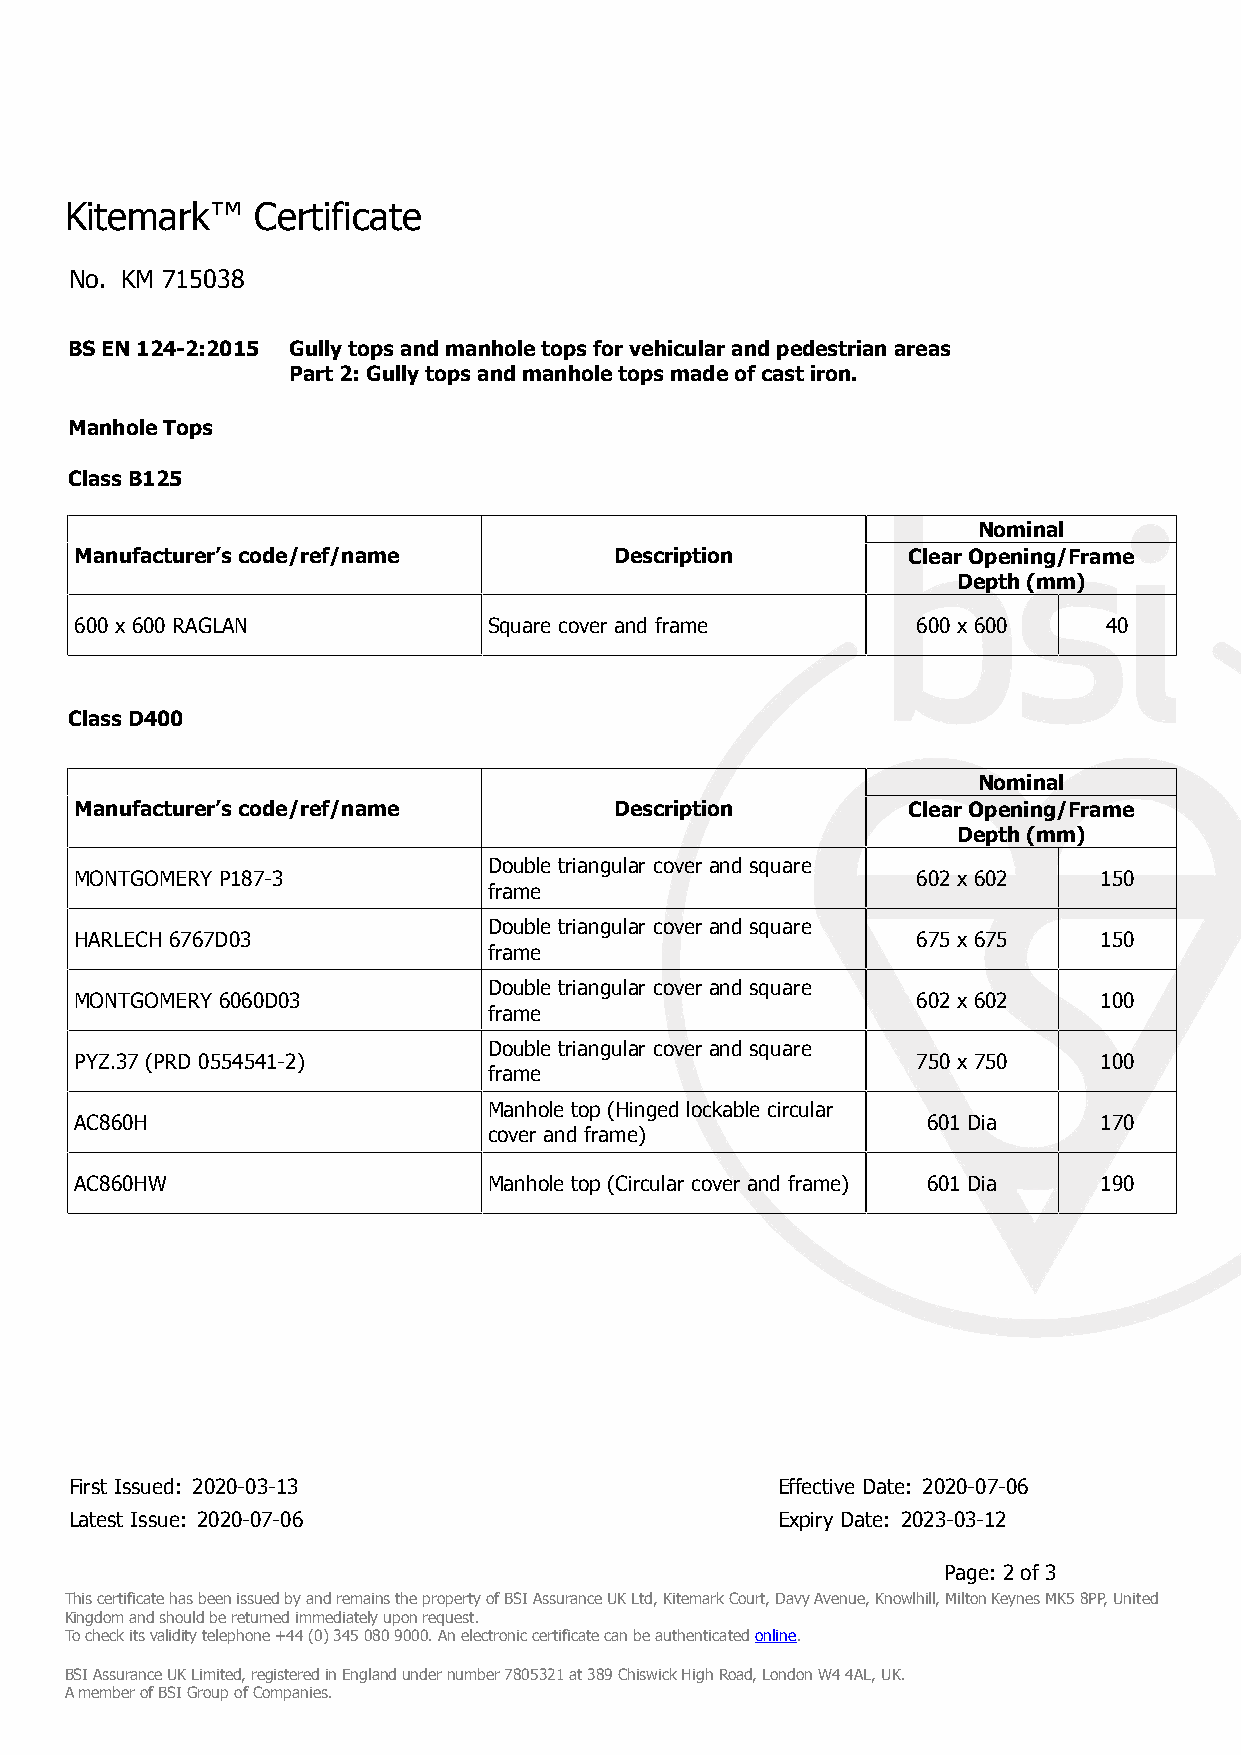
Kitemark™    Certificate
 No. KM 715038
 BS EN 124-2:2015 Gully tops and manhole tops for vehicular and pedestrian areas
 Part 2: Gully tops and manhole tops made of cast iron.
 Manhole Tops
 Class B125
 Nominal
 Manufacturer’s code/ref/name        Description        Clear Opening/Frame
 Depth (mm)
 600 x 600 RAGLAN           Square cover and frame       600 x 600   40
 Class D400
 Nominal
 Manufacturer’s code/ref/name        Description        Clear Opening/Frame
 Depth (mm)
 Double triangular cover and square
 MONTGOMERY P187-3                                       602 x 602   150
 frame
 Double triangular cover and square
 HARLECH 6767D03                                         675 x 675   150
 frame
 Double triangular cover and square
 MONTGOMERY 6060D03                                      602 x 602   100
 frame
 Double triangular cover and square
 PYZ.37 (PRD 0554541-2)                                  750 x 750   100
 frame
 Manhole top (Hinged lockable circular
 AC860H                                                  601 Dia     170
 cover and frame)
 AC860HW                    Manhole top (Circular cover and frame) 601 Dia 190
 First Issued: 2020-03-13                      Effective Date: 2020-07-06
 Latest Issue: 2020-07-06                      Expiry Date: 2023-03-12
 Page: 2 of 3
 This certificate has been issued by and remains the property of BSI Assurance UK Ltd, Kitemark Court, Davy Avenue, Knowlhill, Milton Keynes MK5 8PP, United
 Kingdom and should be returned immediately upon request.
 To check its validity telephone +44 (0) 345 080 9000. An electronic certificate can be authenticated online.
 BSI Assurance UK Limited, registered in England under number 7805321 at 389 Chiswick High Road, London W4 4AL, UK.
 A member of BSI Group of Companies.